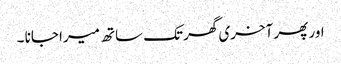
اور پھر آخری گھر تک ساتھ میرا جانا ۔